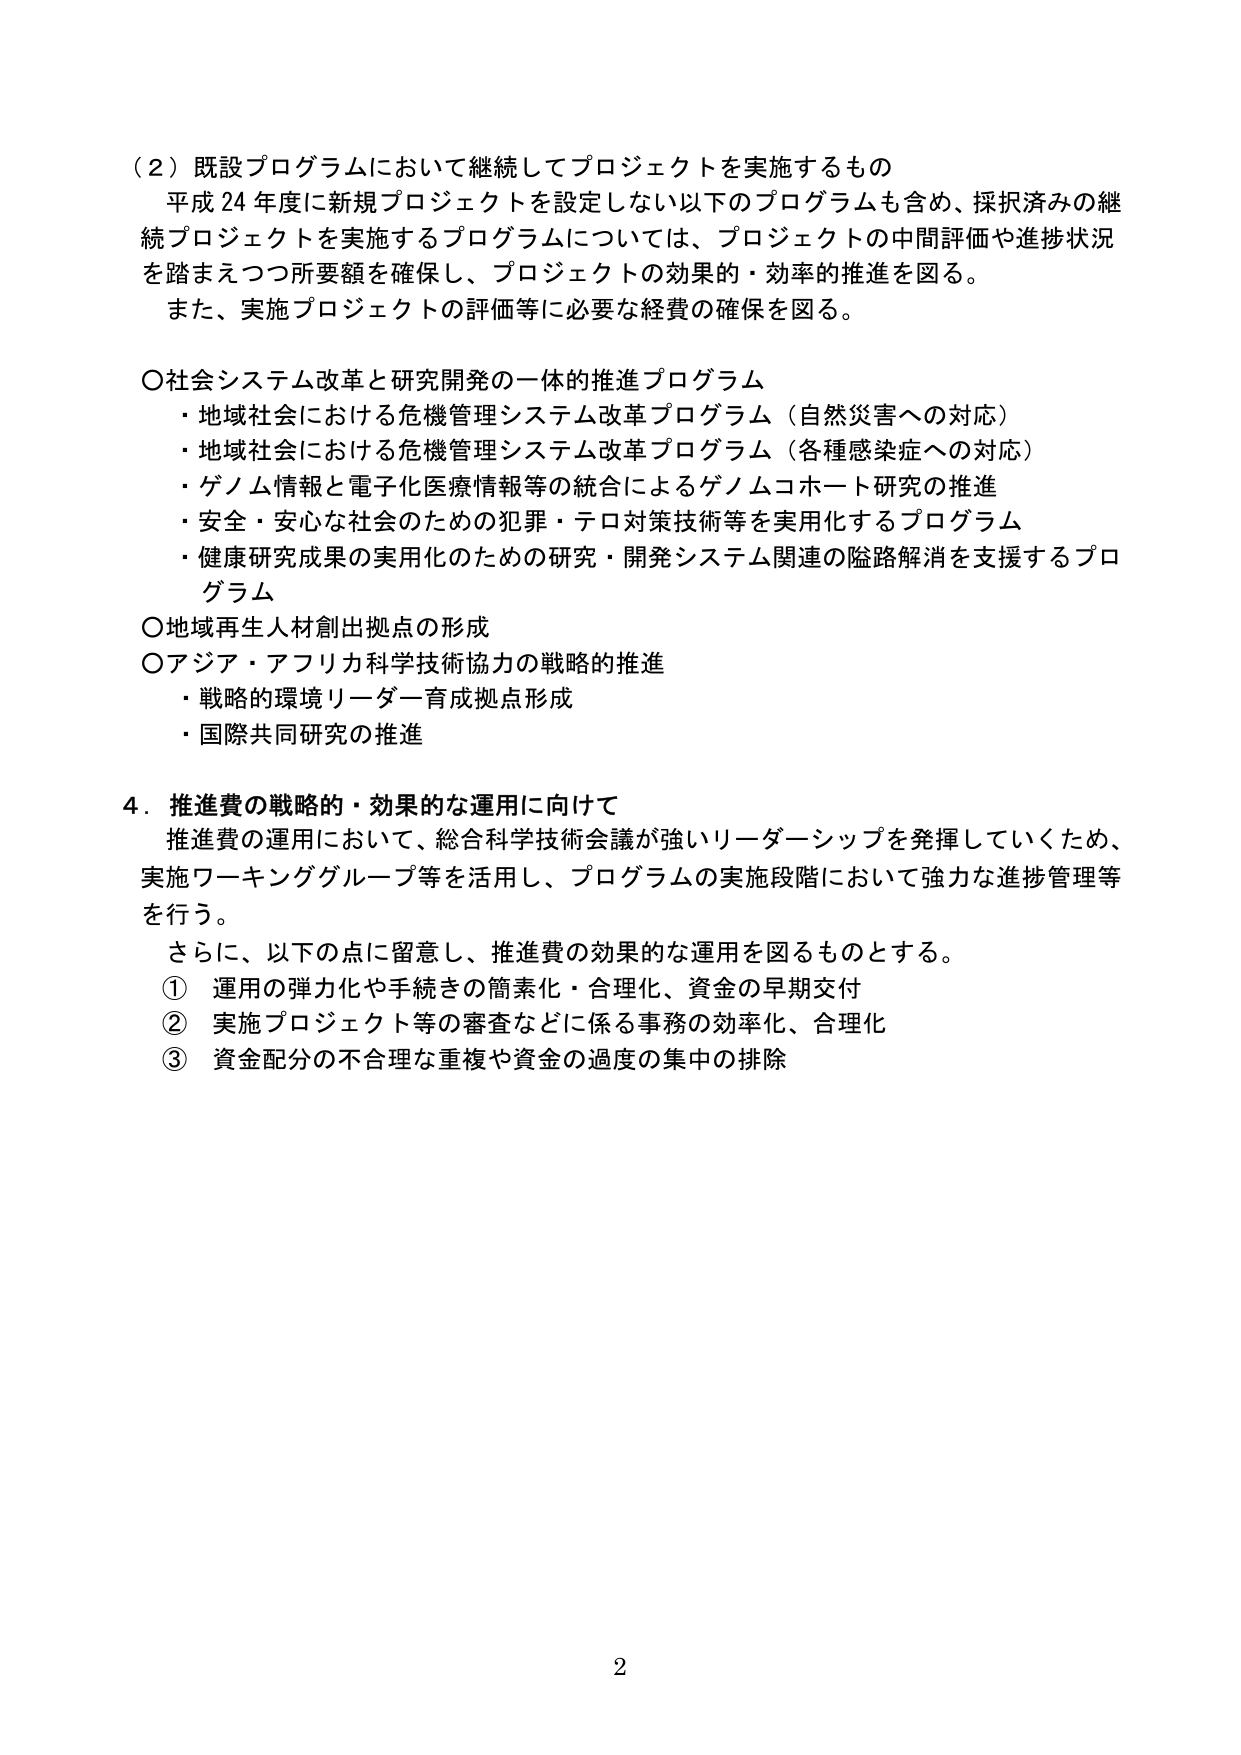
（２）既設プログラムにおいて継続してプロジェクトを実施するもの
平成24年度に新規プロジェクトを設定しない以下のプログラムも含め、採択済みの継続プロジェクトを実施するプログラムについては、プロジェクトの中間評価や進捗状況を踏まえつつ所要額を確保し、プロジェクトの効果的・効率的推進を図る。
また、実施プロジェクトの評価等に必要な経費の確保を図る。

○社会システム改革と研究開発の一体的推進プログラム
・地域社会における危機管理システム改革プログラム（自然災害への対応）
・地域社会における危機管理システム改革プログラム（各種感染症への対応）
・ゲノム情報と電子化医療情報等の統合によるゲノムコホート研究の推進
・安全・安心な社会のための犯罪・テロ対策技術等を実用化するプログラム
・健康研究成果の実用化のための研究・開発システム関連の陥路解消を支援するプログラム

○地域再生人材創出拠点の形成
○アジア・アフリカ科学技術協力の戦略的推進
・戦略的環境リーダー育成拠点形成
・国際共同研究の推進

4．推進費の戦略的・効果的な運用に向けて
推進費の運用において、総合科学技術会議が強いリーダーシップを発揮していくため、実施ワーキンググループ等を活用し、プログラムの実施段階において強力な進捗管理等を行う。
さらに、以下の点に留意し、推進費の効果的な運用を図るものとする。
① 運用の弾力化や手続きの簡素化・合理化、資金の早期交付
② 実施プロジェクト等の審査などに係る事務の効率化、合理化
③ 資金配分の不合理な重複や資金の過度の集中の排除

2